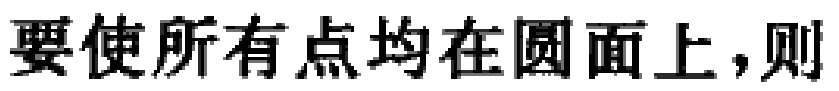
要使所有点均在圆面上，则